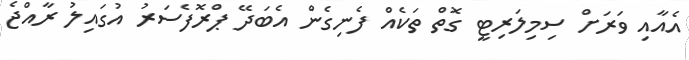
އެއާއި ވަރަށް ސިމިލަރިޓީ ގޮތް ތަކެއް ފެނިގެން އެބަދޭ ޕްރޮފެސަރު އުގައިލު ރާއްޖެ